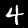
Digit: 4